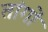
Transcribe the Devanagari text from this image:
तांगों